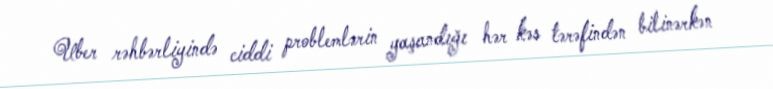
Uber rəhbərliyində ciddi problemlərin yaşandığı hər kəs tərəfindən bilinərkən